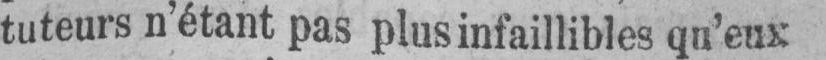
tuteurs n’étant pas plus infaillibles qu’eux